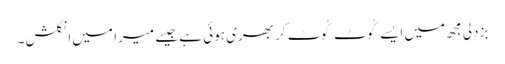
بزدلی مجھ میں ایسے کُوٹ کُوٹ کر بھری ہوئی ہے جیسے میرا میں انگلش۔